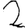
Digit: 2